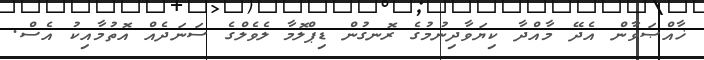
ޚާއްޞަވާން އެދޭ މާއްދާ ކިޔަވާދިނުމުގެ ރޮނގުން ޑިޕްލޮމާ ލެވެލްގެ ސަނަދެއް އޮތުމާއިކު އެސް.